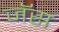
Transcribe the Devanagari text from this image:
जॅस